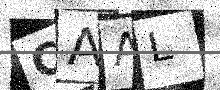
Text: CAAL